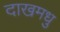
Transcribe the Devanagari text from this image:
दाखमधु